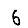
Digit: 6